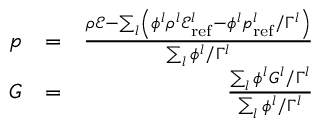
\begin{array} { r l r } { p } & { = } & { \frac { \rho \mathscr { E } - \sum _ { l } \left( \phi ^ { l } \rho ^ { l } \mathscr { E } _ { \mathrm { r e f } } ^ { l } - \phi ^ { l } p _ { \mathrm { r e f } } ^ { l } / \Gamma ^ { l } \right) } { \sum _ { l } \phi ^ { l } / \Gamma ^ { l } } } \\ { G } & { = } & { \frac { \sum _ { l } \phi ^ { l } G ^ { l } / \Gamma ^ { l } } { \sum _ { l } \phi ^ { l } / \Gamma ^ { l } } } \end{array}